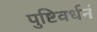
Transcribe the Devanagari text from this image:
पुष्टिवर्धनं